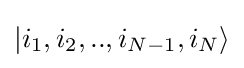
|i_{1},i_{2},..,i_{N-1},i_{N}\rangle